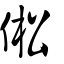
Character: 倯